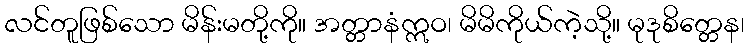
လင်တူဖြစ်သော မိန်းမတို့ကို။ အတ္တာနံဣဝ၊ မိမိကိုယ်ကဲ့သို့။ မုဒုစိတ္တေန၊